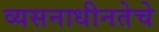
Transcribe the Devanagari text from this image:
व्यसनाधीनतेचे